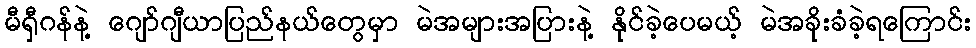
မီရှီဂန်နဲ့ ဂျော်ဂျီယာပြည်နယ်တွေမှာ မဲအများအပြားနဲ့ နိုင်ခဲ့ပေမယ့် မဲအခိုးခံခဲ့ရကြောင်း